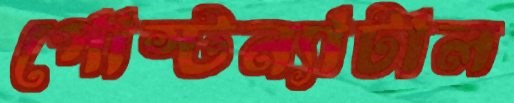
পোস্টন্যাটাল